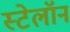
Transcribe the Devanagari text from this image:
स्टेलॉन